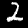
Label: 2